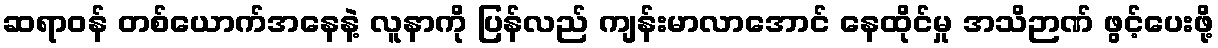
ဆရာဝန် တစ်ယောက်အနေနဲ့ လူနာကို ပြန်လည် ကျန်းမာလာအောင် နေထိုင်မှု အသိဉာဏ် ဖွင့်ပေးဖို့